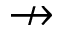
\nrightarrow